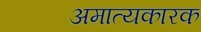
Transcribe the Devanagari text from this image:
अमात्यकारक